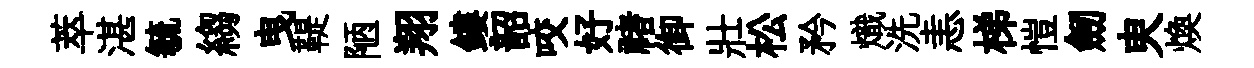
萃湛毓縐曳鞮陋翔鏤韶咬好禇御壯松矜熾洗恚梯愷劒㬰煥